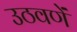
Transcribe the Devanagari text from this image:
उठवणें